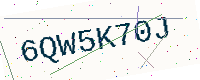
Text: 6QW5K70J